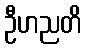
ဦဟညတိ